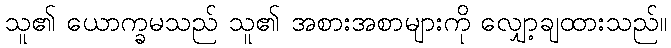
သူ၏ ယောက္ခမသည် သူ၏ အစားအစာများကို လျှော့ချထားသည်။